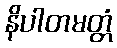
နိပါတမတ္တံ